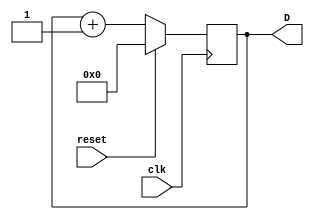
//**************************************************************************
//
//    Copyright (C) 2024  John Winans
//
//    This library is free software; you can redistribute it and/or
//    modify it under the terms of the GNU Lesser General Public
//    License as published by the Free Software Foundation; either
//    version 2.1 of the License, or (at your option) any later version.
//
//    This library is distributed in the hope that it will be useful,
//    but WITHOUT ANY WARRANTY; without even the implied warranty of
//    MERCHANTABILITY or FITNESS FOR A PARTICULAR PURPOSE.  See the GNU
//    Lesser General Public License for more details.
//
//    You should have received a copy of the GNU Lesser General Public
//    License along with this library; if not, write to the Free Software
//    Foundation, Inc., 51 Franklin Street, Fifth Floor, Boston, MA  02110-1301
//    USA
//
//**************************************************************************

module fsm #(
    parameter WIDTH = 16            // how many bits in the counter regsister
    ) 
    (
    input wire              clk,    // the system clock
    input wire              reset,  // synchronous reset to zero the counter
    output reg [WIDTH-1:0]  D       // the current value of the counter
    );

    // The current state of this FSM is the value of the counter

    always @(posedge clk) begin
        if (reset)
            D <= 0;             // reset the FSM
        else
            D <= D + 1;         // calculate the next state & assign
    end

endmodule